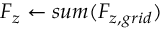
F _ { z } \gets s u m ( F _ { z , g r i d } )